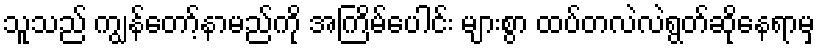
သူသည် ကျွန်တော့်နာမည်ကို အကြိမ်ပေါင်း များစွာ ထပ်တလဲလဲရွတ်ဆိုနေရာမှ